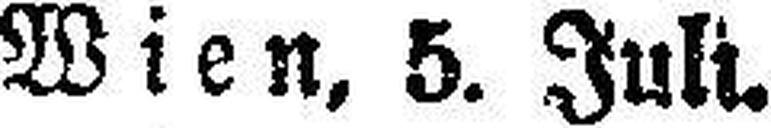
Wien, 5. Juli.